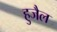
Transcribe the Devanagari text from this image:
हुजैल